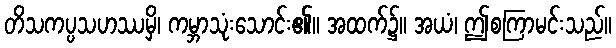
တိသကပ္ပသဟဿမှိ၊ ကမ္ဘာသုံးသောင်း၏။ အထက်၌။ အယံ၊ ဤစကြာမင်းသည်။